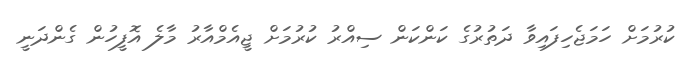
ކުރުމަށް ހަމަޖެހިފައިވާ ދަތުރުގެ ކަންކަން ސިއްރު ކުރުމަށް ޖީއެމްއާރު މާލެ އޮފީހުން ގެންދަނީ